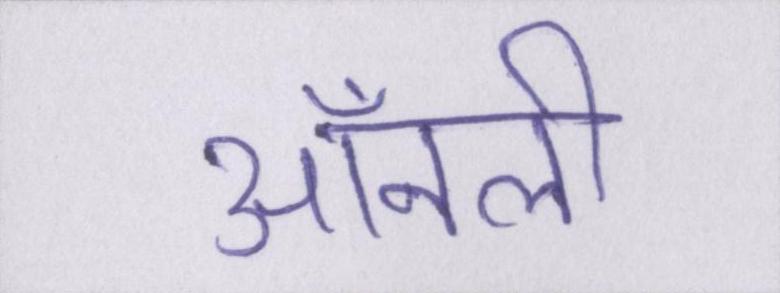
ऑनली